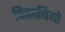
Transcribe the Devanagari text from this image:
पिकाबियो